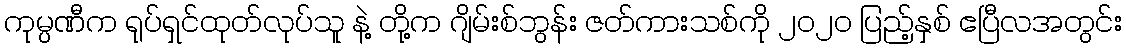
ကုမ္ပဏီက ရုပ်ရှင်ထုတ်လုပ်သူ နဲ့ တို့က ဂျိမ်းစ်ဘွန်း ဇတ်ကားသစ်ကို ၂၀၂၀ ပြည့်နှစ် ဧပြီလအတွင်း